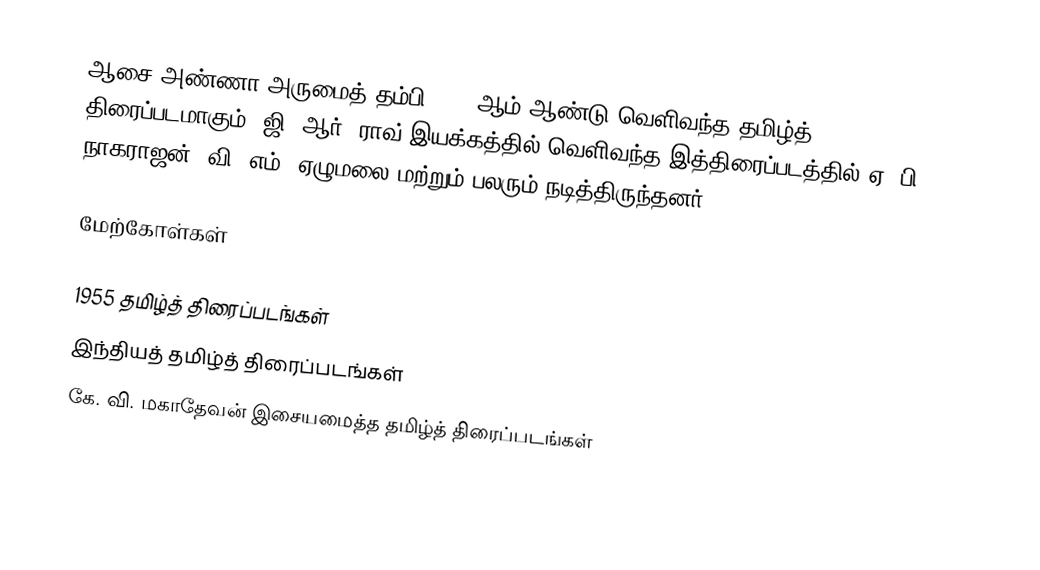
ஆசை அண்ணா அருமைத் தம்பி 1955 ஆம் ஆண்டு வெளிவந்த தமிழ்த் திரைப்படமாகும். ஜி. ஆர். ராவ் இயக்கத்தில் வெளிவந்த இத்திரைப்படத்தில் ஏ. பி. நாகராஜன், வி. எம். ஏழுமலை மற்றும் பலரும் நடித்திருந்தனர்.

மேற்கோள்கள்

1955 தமிழ்த் திரைப்படங்கள்
இந்தியத் தமிழ்த் திரைப்படங்கள்
கே. வி. மகாதேவன் இசையமைத்த தமிழ்த் திரைப்படங்கள்